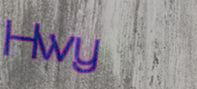
Hwy